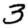
Digit: 3